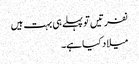
نفرتیں تو پہلے ہی بہت ہیں
میلاد کیا ہے۔